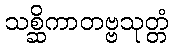
သစ္ဆိကာတဗ္ဗသုတ္တံ